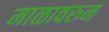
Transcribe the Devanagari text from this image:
माळावरुन